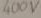
Text: 400V